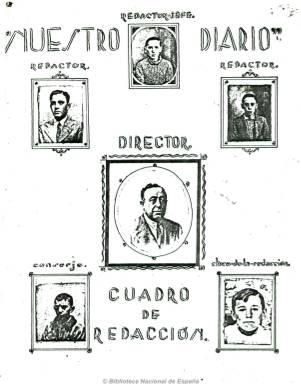
Título: Nuestro diario
Colección: Revistas de información general
Ámbito geográfico: Madrid
Lugar de publicación: Madrid
Fechas: 01/02/1937-31/12/1937

Periódico mecanografiado y ciclostilado de una sola página, escrito por los vecinos del número 48 de la madrileña calle Lagasca durante todo el año 1937, en plena guerra civil española, que se subtitula “órgano de la casa” y es considerado como “periódico original inédito”. Al comienzo de la colección aparece el “cuadro de redacción”  con las fotos de quien fue su fundador y director (Félix Morales Parra), redactor jefe (Eugenio Sanz Morales), redactor de sociedad (Alfonso Sanz Morales), dibujante (Joaquín Val), conserje (Manuel Val) y el “chico de la redacción” (Angelito Ruiz), siendo los primeros jóvenes de mediana edad, y los dos últimos, niños. Está compuesto a tres columnas, y en su cabecera se indica que el precio de la suscripción es “la voluntad”. Lleva secuencia y está datado, y los lunes no aparecía.

Comienza a publicarse el uno de febrero de 1937, y en su saludo se exhorta a su lectura, porque, “además de darles las noticias de esta casa, pasarán un rato alegre al leer los chistes”, se dice. El siguiente comentario lleva el epígrafe “No me hable usted de la guerra”, expresando en el mismo que se equivocan totalmente quienes creyeran que se trataría de “un noticiario de guerra”, ya que sería “absurdo” y porque “no queremos ponernos demasiado serios”, añade. También se imprime en su página el reclamo “lea usted nuestro diario”.

Aún así, además de dar cuenta y felicitar por los natalicios, cumpleaños, dar cuenta de visitas u otras menudencias cotidianas que se producían en la finca (en la sección Sociedad), con indicación de los nombres de los vecinos afectados, se da también la noticia de la salida al frente de alguno de éstos, se inserta un artículo bajo el epígrafe “Mandamientos del evacuado” o se hacen comentarios contrarios a la propia guerra en sí. Pero sobre todo sus páginas se abren a la creación literaria y artística de quienes lo redactan. Destaca en todos sus números los dibujos coloreados y humorísticos, firmados por Val y Pichi,  así como sus textos poéticos y líricos o los relatos de algún viaje. También publica, por entregas, una historia de la Puerta del Sol.

La última entrega, de 31 de diciembre del mismo año, está formada por doce páginas, en cuyo artículo de despedida su director expresa que el diario había servido “a la vez de distracción y entretenimiento de los vecinos y en muchos casos de freno a las pasiones y costumbres de los moradores”. En este último número se publica una selección de sus “mejores artículos” y una relación con los nombres y edad de los vecinos, que previamente habían sido evacuados de otros inmuebles madrileños, indicando también su procedencia.